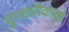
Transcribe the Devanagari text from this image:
पुण्डरीकाक्षो